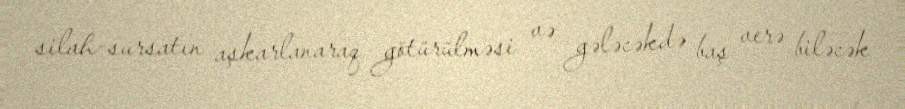
silah-sursatın aşkarlanaraq götürülməsi və gələcəkdə baş verə biləcək